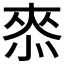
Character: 𭝠